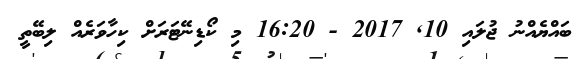
ބައްޔެއްނު ޖުލައި 10